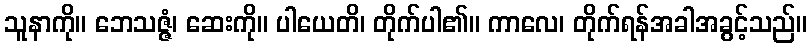
သူနာကို။ ဘေသဇ္ဇံ၊ ဆေးကို။ ပါယေတိ၊ တိုက်ပါ၏။ ကာလေ၊ တိုက်ရန်အခါအခွင့်သည်။